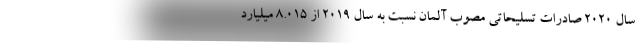
سال ۲۰۲۰ صادرات تسلیحاتی مصوب آلمان نسبت به سال ۲۰۱۹ از ۸.۰۱۵ میلیارد